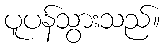
ပူပန်သွားသည်။